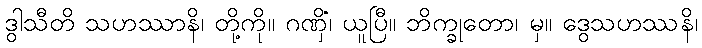
ဒွါသီတိ သဟဿာနိ၊ တို့ကို။ ဂဏှိံ၊ ယူပြီ။ ဘိက္ခုတော၊ မှ။ ဒွေသဟဿနိ၊